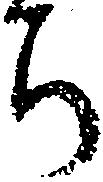
ち